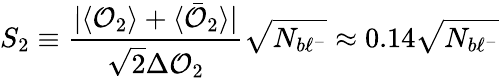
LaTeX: S_{2}\equiv\frac{|\langle{\cal{O}}_{2}\rangle+\langle\bar{\cal{O}}_{2}\rangle|}{\sqrt{2}\Delta{\cal{O}}_{2}}\sqrt{N_{b\ell^{-}}}\approx 0.14\sqrt{N_{b\ell^{-}}}